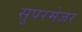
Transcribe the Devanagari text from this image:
सुपरमेजर